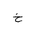
Letter: _kha